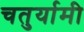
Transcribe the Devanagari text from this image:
चतुर्यामी